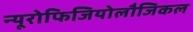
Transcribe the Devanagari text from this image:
न्यूरोफिजियोलौजिकल